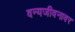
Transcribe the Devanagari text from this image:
वन्यजीवनावर